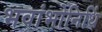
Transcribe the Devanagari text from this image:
भवांभोनिधिं